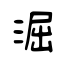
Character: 淈